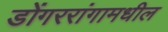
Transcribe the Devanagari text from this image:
डोंगररांगामधील